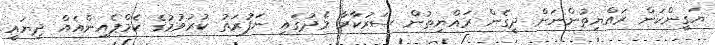
ޔަގީންކަން ރައްޔިތުންނަށް ދީގެން ރައްޔިތުން ސަރުކާރާ މެދުގައި ނަފުރަތު ކުރުވުމުގެ ކެމްޕެއިންއެއް ދިޔައީ